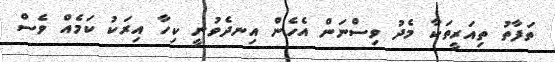
ތަފާތު ތިއަރީތަކާ މެދު ވިސްނަން އެހެން އިނދެވުނީ ކިހާ އިރަކު ކަމެއް ވެސް